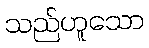
သည်ဟူသော